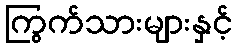
ကြွက်သားများနှင့်